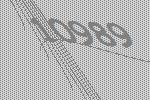
10989